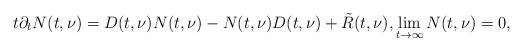
LaTeX: \begin{align*} t\partial_t N(t,\nu) = D(t,\nu) N(t,\nu) - N(t,\nu) D(t,\nu) +\tilde R(t,\nu), \lim_{t\to\infty} N(t,\nu) = 0,\end{align*}